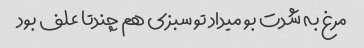
مرغ به شدت بو میداد تو سبزی هم چندتا علف بود